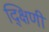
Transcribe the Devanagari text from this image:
द्क्षिणी